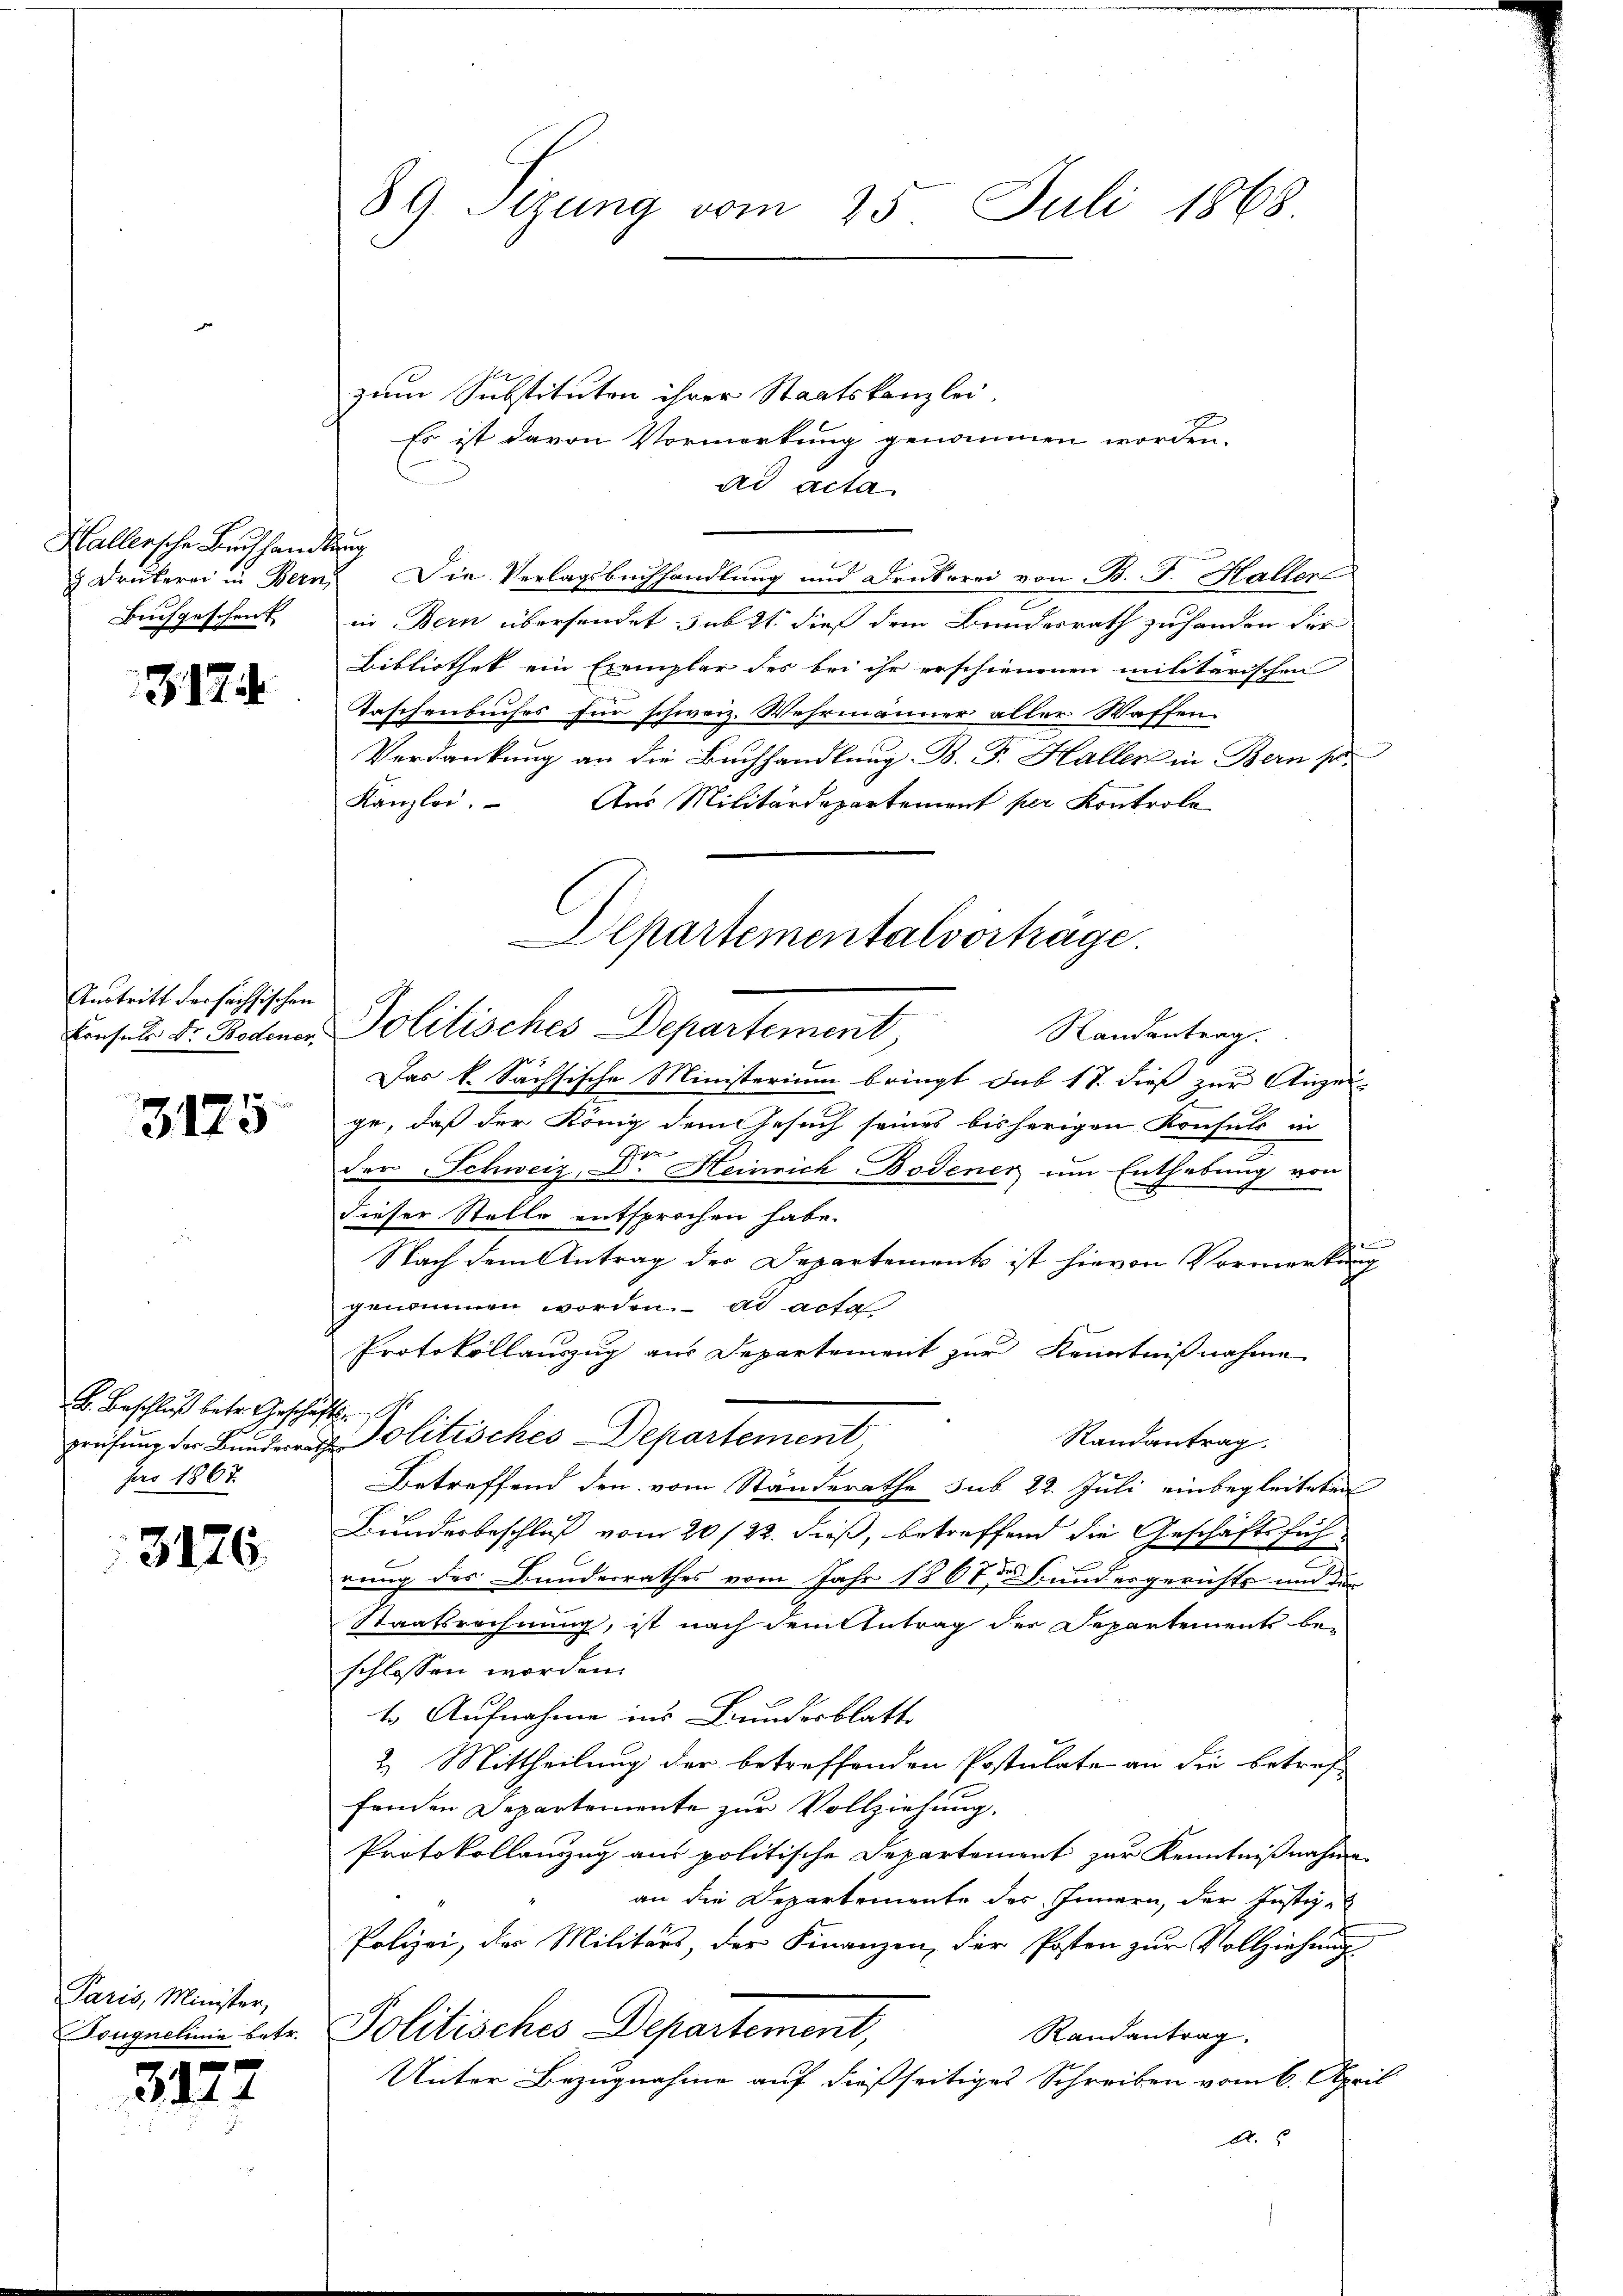
Hallersche Baushand
 Drukerei in Bern,
Buchgeschenk

3174

Austritt dersächsischen
konsuls Dr. Bodener

3175

B. Beschluß betr. Gesche
prüfung der Bunderra
Jar 1867

3176.

Paris, Minister,
Tougnelinie betr.

381

89. Stzung vom 25. Juli 1868.

zum Substituten ihrer Staatskanzlei.
Es ist davon Vormerkung genommen worden.
ad acta
u
Die Verlagsbuchhandlung und Drukerei von B. J. Haller
in Bern übersendet sub 2t dieß dem Bundesrath zuhanden der
Bibliothek ein Exemplar des bei ihr erschienenen militärischen
Taschenbuches für schweiz. Wehrmänner aller Waffen.
Verdankung an die Buchhandlung B. P. Haller in Bern so
Kanzlei. Aus Militärdepartement per Kontrola
Politisches Departement,
Randantrag.
Das k. Sächsische Ministerium bringt sub 18. dieß zur Anzei-
ge, daß der König dem Gesuch seines bisherigen Konsuls in
der Schweiz, Dr. Heinrich Bodener um Enthebung von
dieser Stelle entsprochen habe.
Nach dem Antrag der Departements ist hievon Vormerkung
genommen worden ad acta
Protokollauszug aus Departement zur Kenntnißnahme
E
olitisches Departement
Randantrag.
Betreffend den vom Ständerathe sub 22. Juli einbegleiteten
Bundesbeschluß vom 20/22. dieß, betreffend die Geschäftsführung des Bunderrathes vom Jahr 1867 des Bundesgerichts und die
Staatsrechnung, ist nach dem Antrag der Departements be-
schlossen worden.
t. Aufnahme ins Bundesblatt
2. Mittheilung der betreffenden Postulate an die betreffenden Departemente zur Vollziehung,
Protokollanzug aus politische Departement zur Kenntnißnahme
an die Departemente des Innern, der Justiz-
Polizei, der Militärs, der Finanzen, der Posten zur Vollziehung
Politisches Departement,
Randantrag.
Unter Bezugnahme auf dießseitiges Schreiben vom 6. April
A.

Alpartementalvorträge